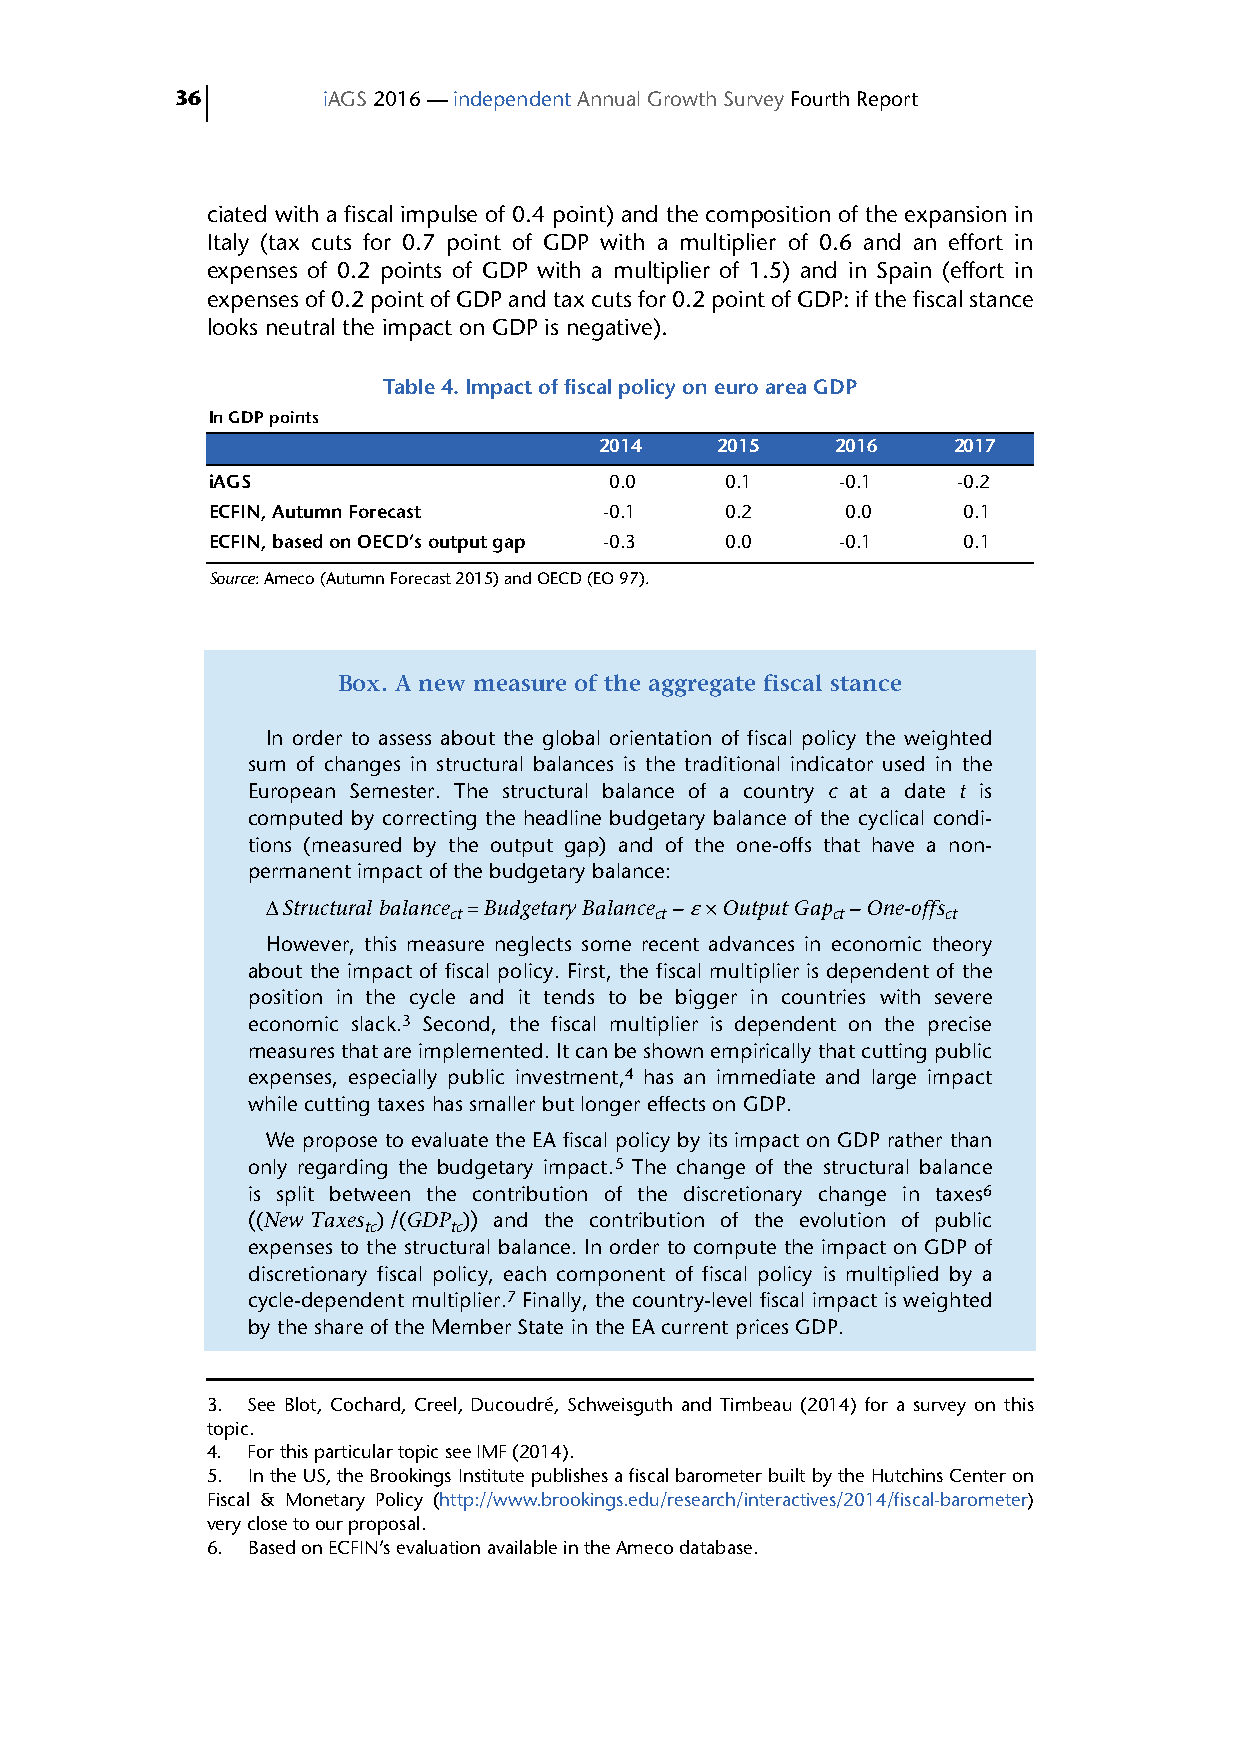
36       iAGS 2016 — independent Annual Growth Survey Fourth Report
 ciated with a fiscal impulse of 0.4 point) and the composition of the expansion in
 Italy (tax cuts for 0.7 point of GDP with a multiplier of 0.6 and an effort in
 expenses of 0.2 points of GDP with a multiplier of 1.5) and in Spain (effort in
 expenses of 0.2 point of GDP and tax cuts for 0.2 point of GDP: if the fiscal stance
 looks neutral the impact on GDP is negative).
 Table 4. Impact of fiscal policy on euro area GDP
 In GDP points
 2014   2015    2016    2017
 iAGS                      0.0     0.1     -0.1   -0.2
 ECFIN, Autumn Forecast    -0.1    0.2     0.0     0.1
 ECFIN, based on OECD’s output gap -0.3 0.0 -0.1   0.1
 Source: Ameco (Autumn Forecast 2015) and OECD (EO 97).
 Box. A new measure of the aggregate fiscal stance
 In order to assess about the global orientation of fiscal policy the weighted
 sum of changes in structural balances is the traditional indicator used in the
 European Semester. The structural balance of a country c at a date t is
 computed by correcting the headline budgetary balance of the cyclical condi-
 tions (measured by the output gap) and of the one-offs that have a non-
 permanent impact of the budgetary balance:
 ΔStructural balance = Budgetary Balance – ε × Output Gap – One-offs
 ct           ct          ct      ct
 However, this measure neglects some recent advances in economic theory
 about the impact of fiscal policy. First, the fiscal multiplier is dependent of the
 position in the cycle and it tends to be bigger in countries with severe
 economic slack.3 Second, the fiscal multiplier is dependent on the precise
 measures that are implemented. It can be shown empirically that cutting public
 expenses, especially public investment,4 has an immediate and large impact
 while cutting taxes has smaller but longer effects on GDP.
 We propose to evaluate the EA fiscal policy by its impact on GDP rather than
 only regarding the budgetary impact.5 The change of the structural balance
 is split between the contribution of the discretionary change in taxes6
 ((New Taxes )/(GDP )) and the contribution of the evolution of public
 tc    tc
 expenses to the structural balance. In order to compute the impact on GDP of
 discretionary fiscal policy, each component of fiscal policy is multiplied by a
 cycle-dependent multiplier.7 Finally, the country-level fiscal impact is weighted
 by the share of the Member State in the EA current prices GDP.
 3. See Blot, Cochard, Creel, Ducoudré, Schweisguth and Timbeau (2014) for a survey on this
 topic.
 4. For this particular topic see IMF (2014).
 5. In the US, the Brookings Institute publishes a fiscal barometer built by the Hutchins Center on
 Fiscal & Monetary Policy (http://www.brookings.edu/research/interactives/2014/fiscal-barometer)
 very close to our proposal.
 6. Based on ECFIN’s evaluation available in the Ameco database.